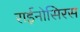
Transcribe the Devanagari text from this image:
राईनोसिरस